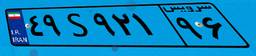
۴۹S۹۲۱۹۶